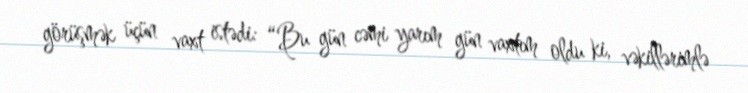
görüşmək üçün vaxt istədi: “Bu gün cəmi yarım gün vaxtım oldu ki, vəkillərimlə